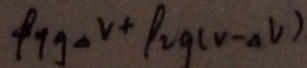
\rho _ { y g } \Delta v + \rho _ { 2 g ( v - \Delta V ) }